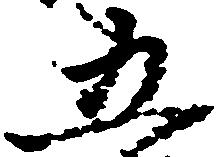
五